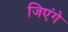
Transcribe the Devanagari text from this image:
जिएंगे